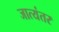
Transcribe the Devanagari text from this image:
जात्यंतर